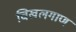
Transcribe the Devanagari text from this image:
चिखलगाण